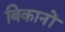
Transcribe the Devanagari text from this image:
बिकानों